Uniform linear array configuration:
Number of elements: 12
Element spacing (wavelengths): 1
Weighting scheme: blackman
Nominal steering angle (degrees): -15
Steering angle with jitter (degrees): -14.963
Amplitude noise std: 0.05
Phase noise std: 0.05

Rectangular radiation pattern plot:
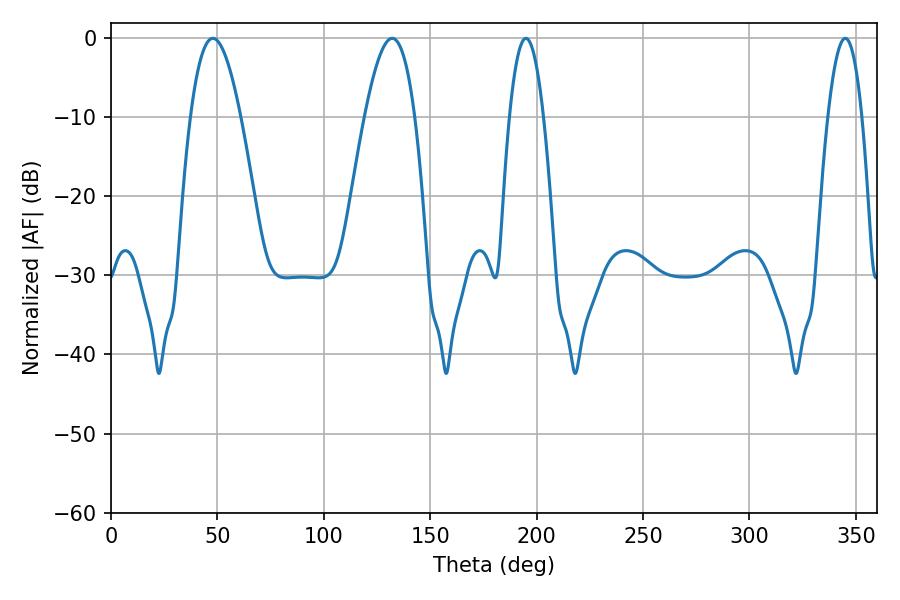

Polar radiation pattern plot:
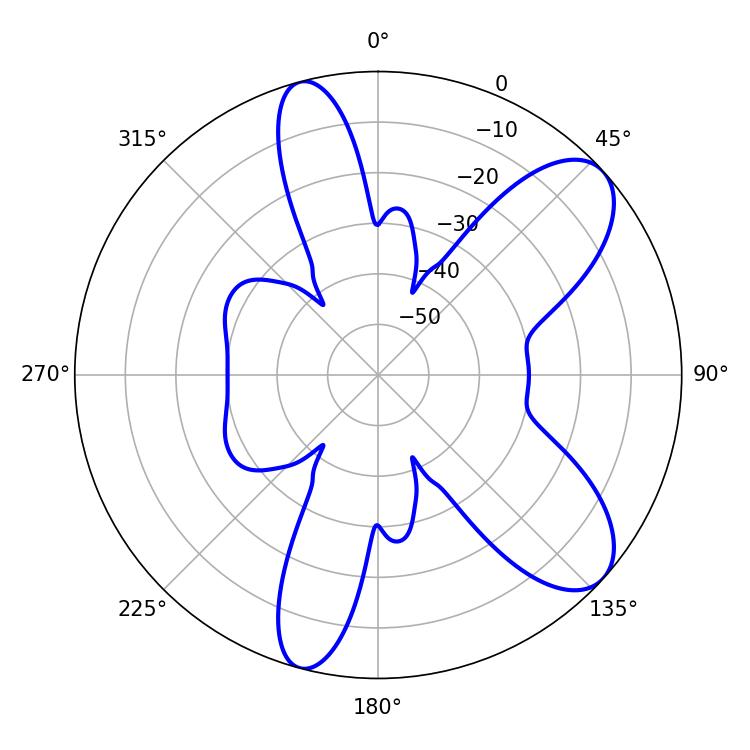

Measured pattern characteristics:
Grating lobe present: TRUE
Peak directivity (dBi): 8.614
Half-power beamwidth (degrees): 12.96
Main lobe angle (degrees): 47.88